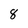
Character: 8